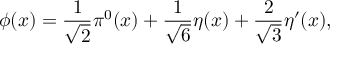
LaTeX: \phi ( x ) = \frac { 1 } { \sqrt { 2 } } \pi ^ { 0 } ( x ) + \frac { 1 } { \sqrt { 6 } } \eta ( x ) + \frac { 2 } { \sqrt { 3 } } \eta ^ { \prime } ( x ) ,